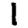
Digit: 1